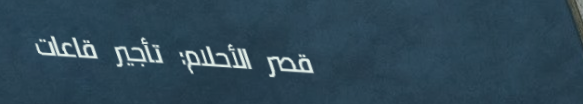
قصر الأحلام: تأجير قاعات